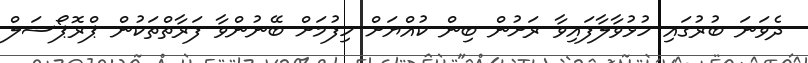
ދެވަނަ ބުރުގައި ހުޅުވާލާފައިވާ ރަށުން ބިން ކުއްޔަށް ހިފުމަށް ބޭނުންވާ ފަރާތްތަކުން ޕްރޮޕޯސަލް